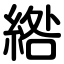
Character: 綹